Annual statistical returns and brief notes on vaccination in Bengal - 1896-1909
Year: 1896
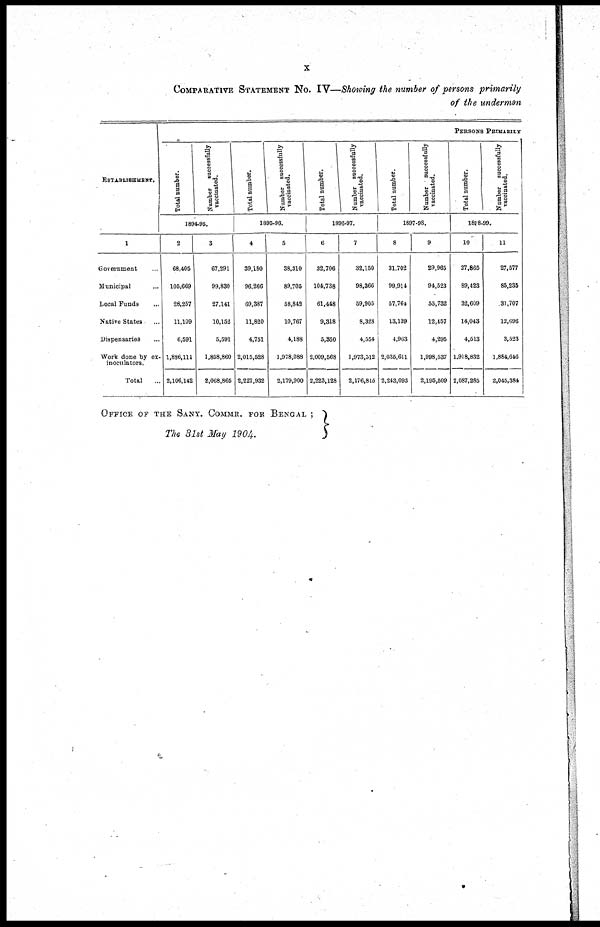
x
COMPARATIVE STATEMENT NO. IV—Showing the number of persons primarily
of the undermen
ESTABLISHMENT.
1
Government ...
Municipal ...
Local Funds ...
Native States ...
Dispensaries ...
Work done by ex¬
inoculators.
Total
...
PERSONS PRIMARILY
Total number.
Number successfully
vaccinated.
1894-95.
2
68,405
105,669
28,257
11,109
6,591
1,836,111
2,106,142
3
67,291
99,830
27,141
10,152
5,591
1,858,860
2,068,866
Total number.
Number successfully
vaccinated.
1895-96.
4
39,180
96,266
69,387
11,820
4,751
2,015,528
2,227,932
5
38,310
89,705
58,842
10,767
4,188
1,978,088
2,179,900
Total number.
Number successfully
vaccinated.
1896-97.
6
32,706
104,738
61,448
9,318
5,350
2,009,568
2,223,128
7
32,150
98,366
59,905
8,328
4,554
1,973,512
2,176,815
Total number.
Number successfully
vaccinated.
1897-98.
8
31,702
99,914
57,764
13,139
4,963
2,035,611
2,243,093
9
29,965
94,523
55,732
12,457
4,295
1,998,537
2,195,509
Total number.
Number successfully
vaccinated.
1898-99.
10
27,865
89,423
32,609
14,043
4,513
1,918,832
2,087,285
11
27,577
85,235
31,707
12,696
3,523
1,884,646
2,045,384
OFFICE OF THE SANY. COMMR. FOR BENGAL ;
The 31st May 1904.